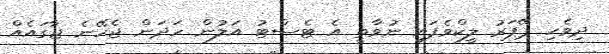
ދިވެހި ޕޭޕަރު ލީކްވެފައި ނުވާތީ އެ ޓެސްޓު އަލުން ހަދަން ޖެހޭނެ ޖާގައެއް